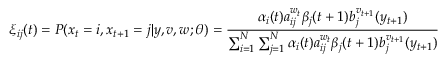
\xi _ { i j } ( t ) = P ( x _ { t } = i , x _ { t + 1 } = j | y , v , w ; \theta ) = { \frac { \alpha _ { i } ( t ) a _ { i j } ^ { w _ { t } } \beta _ { j } ( t + 1 ) b _ { j } ^ { v _ { t + 1 } } ( y _ { t + 1 } ) } { \sum _ { i = 1 } ^ { N } \sum _ { j = 1 } ^ { N } \alpha _ { i } ( t ) a _ { i j } ^ { w _ { t } } \beta _ { j } ( t + 1 ) b _ { j } ^ { v _ { t + 1 } } ( y _ { t + 1 } ) } }